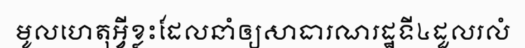
មូលហេតុអ្វីខ្លះដែលនាំឲ្យសាធារណរដ្ឋទី៤ដួលរលំ